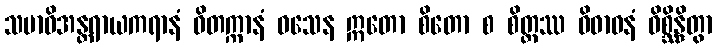
သမာဓိအန္တရာယကရာနံ ဝိတက္ကာနံ ဝသေန ဣတော စိတော စ စိတ္တဿ ဝိဓာဝနံ ဝိစ္ဆိန္ဒိတွာ